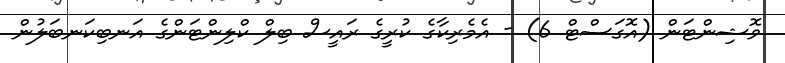
ވޮޝިންޓަން (އޮގަސްޓް 6) - އެމެރިކާގެ ކުރީގެ ރައީސް ބިލް ކްލިންޓަންގެ އަނބިކަނބަލުން